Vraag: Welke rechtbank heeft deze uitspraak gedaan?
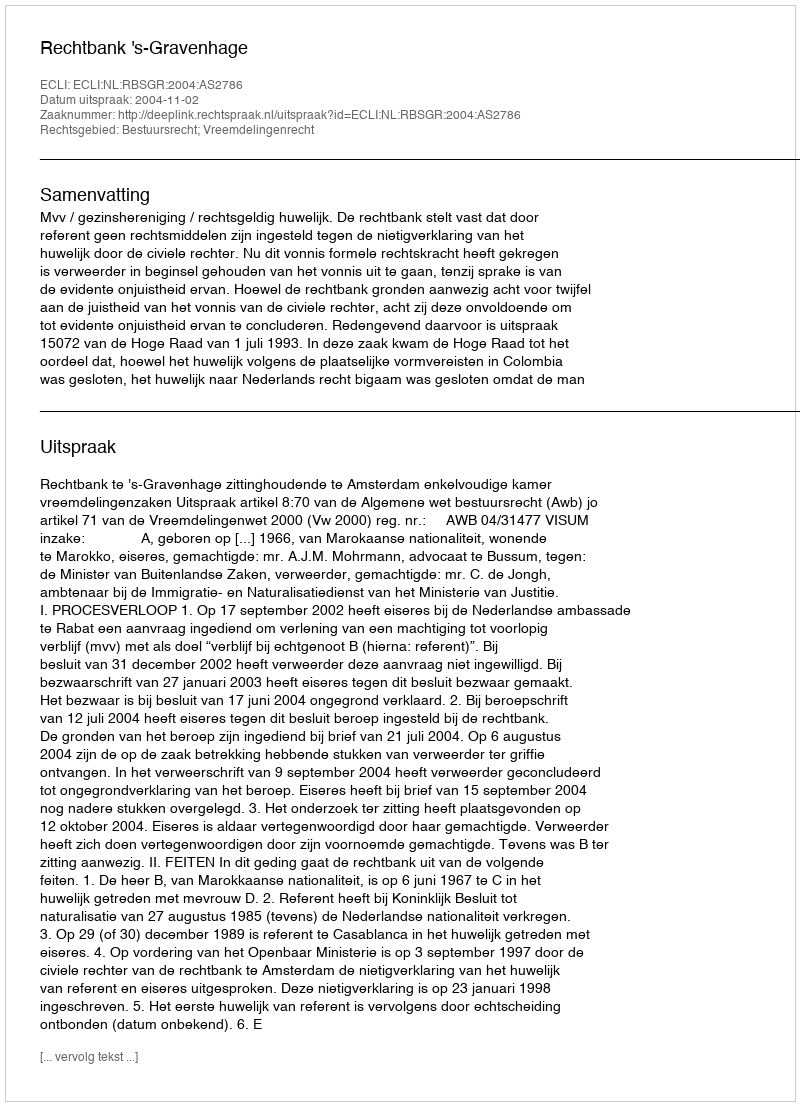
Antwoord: Rechtbank 's-Gravenhage